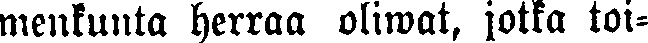
menkunta herraa oliwat, jotka toi-